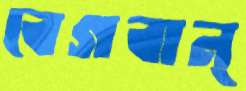
বেগবান্‌